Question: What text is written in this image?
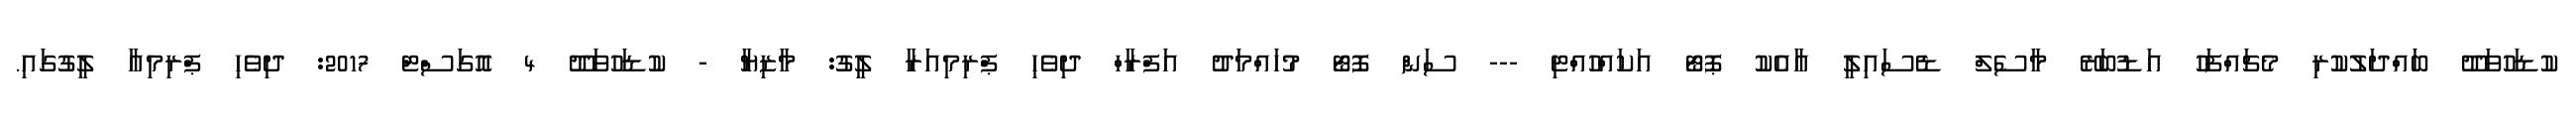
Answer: ކުޑަހުވަދޫ ބައްދަލުކުރި މެޗައްފަހު އަޑުބަރޭ މާސެލް ޑެސައިލީ އާއެކު ޕޮޓޯ އަކައްހުއްޓި --- ސަން ފޮޓޯ މުހައްމަދު އަފްރާހް ދިވެހި ޕްރިމިއަރާ ލީގު: މާޒިޔާ - ކުޑަހުވަދޫ 4 އޮގަސްޓް 2017: ދިވެހި ޕްރިމިއާ ލީގުގައި.